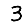
Digit: 3